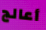
أعالج